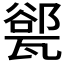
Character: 𪼾